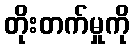
တိုးတက်မှုကို